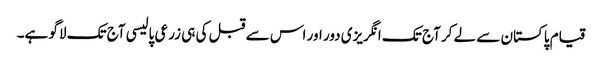
قیام پاکستان سے لے کر آج تک انگریزی دور اور اس سے قبل کی ہی زرعی پالیسی آج تک لاگو ہے۔